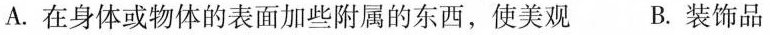
A.在身体或物体的表面加些附属的东西，使美观 B.装饰品